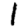
Digit: 1